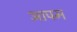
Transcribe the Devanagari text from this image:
आपम